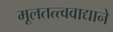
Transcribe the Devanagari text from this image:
मूलतत्त्ववाद्याने